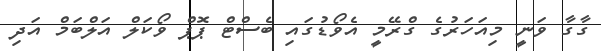
ގާގާ ވަނީ މިއަހަރުގެ ގްރޭމީ އެވޯޑުގައި ބެސްޓް ޕޮޕް ވޯކަލް އަލްބަމް އަދި